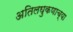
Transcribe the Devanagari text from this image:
अतिलघुकणाच्या